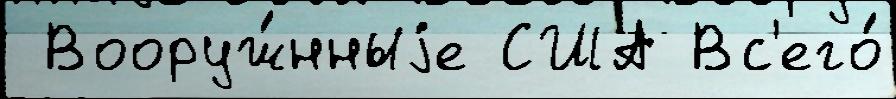
 Вооруж́нныjе США Вс'его́